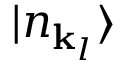
| n _ { \mathbf { k } _ { l } } \rangle